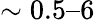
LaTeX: \sim 0.5–6